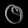
Digit: ၀